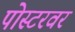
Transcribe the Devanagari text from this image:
पोस्टरवर